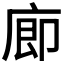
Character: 𪪗